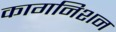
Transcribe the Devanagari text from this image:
कागनिशन